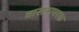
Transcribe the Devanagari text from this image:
वासनापरक